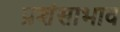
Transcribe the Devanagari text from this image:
प्रशंसाभाव